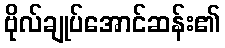
ဗိုလ်ချုပ်အောင်ဆန်း၏